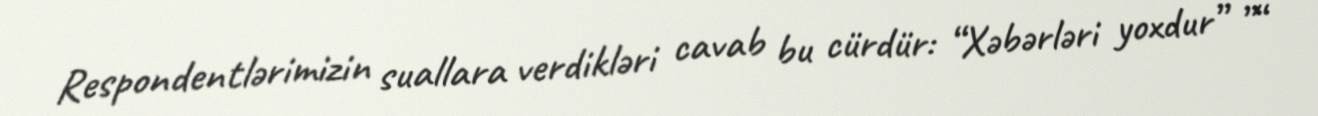
Respondentlərimizin suallara verdikləri cavab bu cürdür: “Xəbərləri yoxdur” ”“